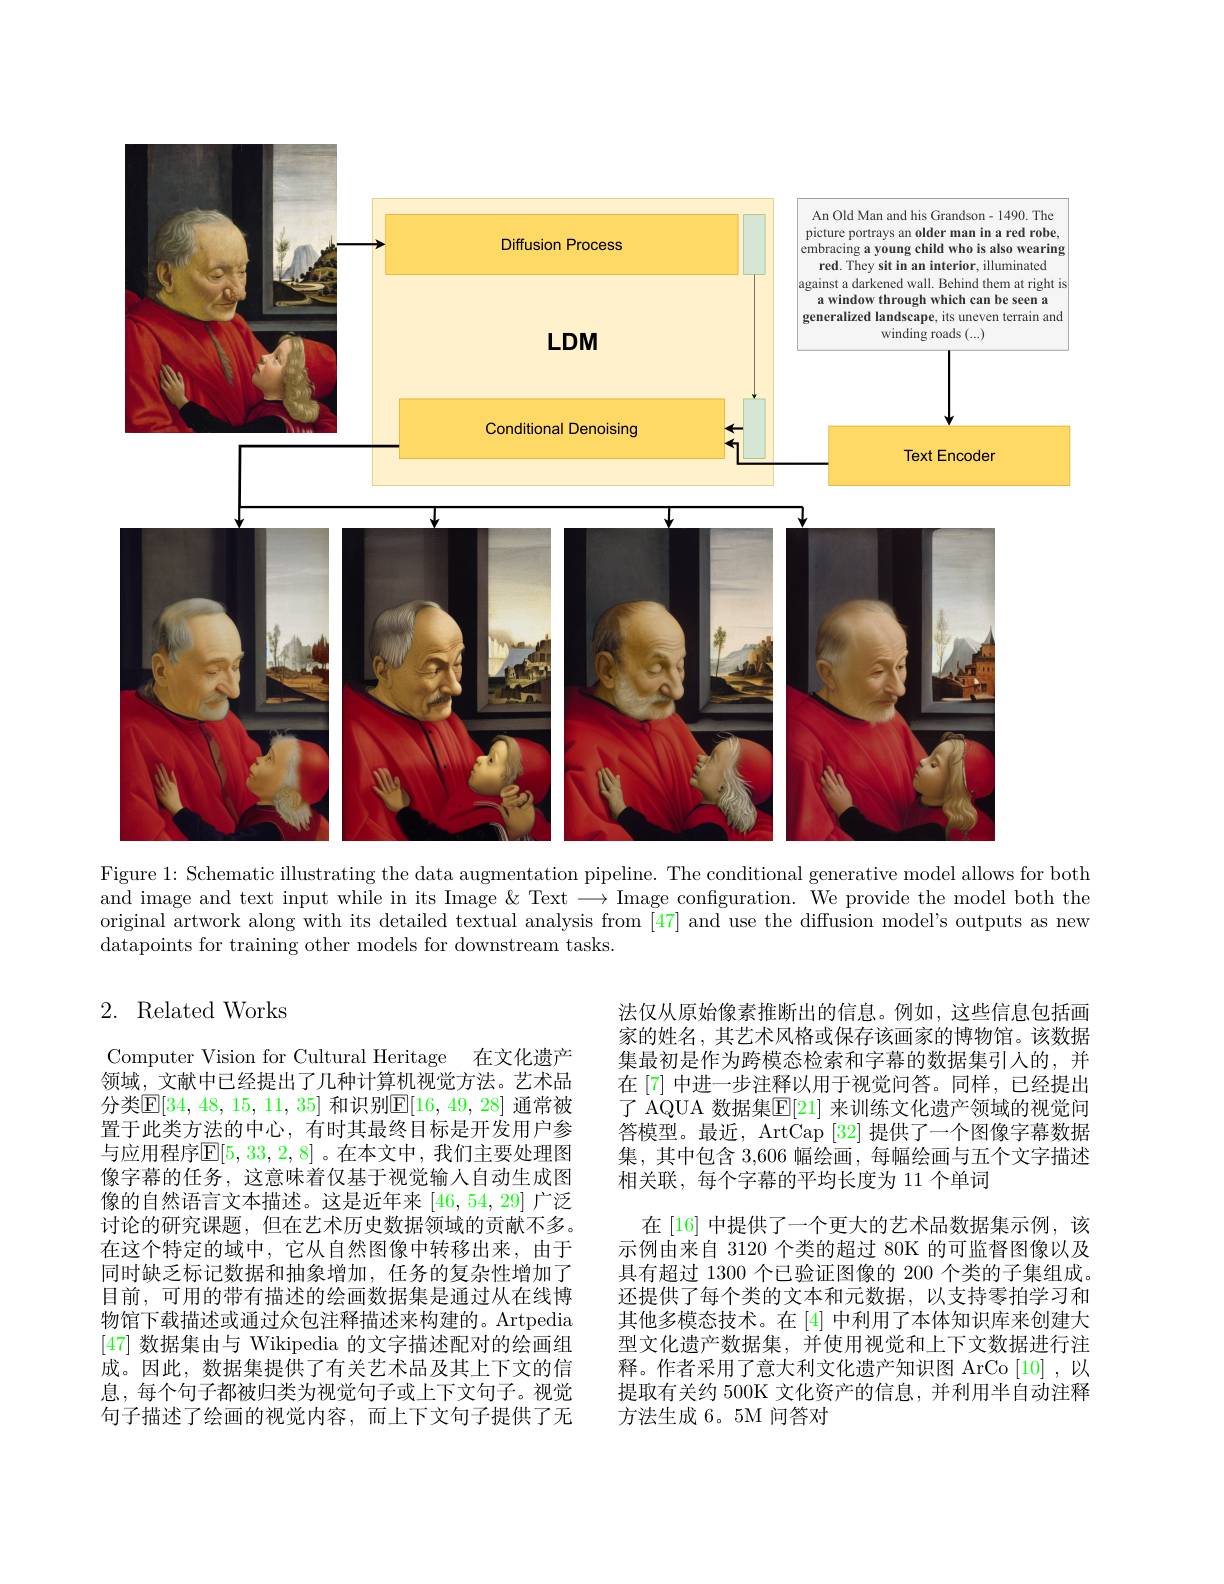
is
<FigureHere>

Figure 1: Schematic illustrating the data augmentation pipeline. The conditional generative model allows for both and image and text input while in its Image & Text $\longrightarrow$Image confguration. We provide the model both the original artwork along with its detailed textual analysis from [47] and use the diffusion model's outputs as new datapoints for training other models for downstream tasks.

## 2. Related Works

法仅从原始像素推断出的信息。例如，这些信息包括画家的姓名，其艺术风格或保存该画家的博物馆。该数据集最初是作为跨模态检索和字幕的数据集引入的，并在[7] 中进一步注释以用于视觉问答。同样，已经提出了 AQUA 数据集$\mathbb{E}[21]$ 来训练文化遗产领域的视觉问答模型。最近，ArtCap [32] 提供了一个图像字幕数据集，其中包含 3,606 幅绘画，每幅绘画与五个文字描述相关联，每个字幕的平均长度为 11 个单词
在 [16] 中提供了一个更大的艺术品数据集示例，该示例由来自 3120 个类的超过 80K 的可监督图像以及具有超过 1300 个已验证图像的 200 个类的子集组成。还提供了每个类的文本和元数据，以支持零拍学习和其他多模态技术。在[4]中利用了本体知识库来创建大型文化遗产数据集，并使用视觉和上下文数据进行注释。作者采用了意大利文化遗产知识图 ArCo[10],以提取有关约 500K 文化资产的信息，并利用半自动注释方法生成 6。5M 问答对

Computer Vision for Cultural Heritage 在文化遗产领域，文献中已经提出了几种计算机视觉方法。艺术品分类$\mathbb{E}[34,48,15,11,35]$ 和识别$\mathbb{E}[16,49,28]$ 通常被置于此类方法的中心，有时其最终目标是开发用户参与应用程序$\mathbb{E}[5,33,2,8]$ 。在本文中，我们主要处理图像字幕的任务，这意味着仅基于视觉输入自动生成图像的自然语言文本描述。这是近年来[46,54,29]广泛讨论的研究课题，但在艺术历史数据领域的贡献不多。在这个特定的域中，它从自然图像中转移出来，由于同时缺乏标记数据和抽象增加，任务的复杂性增加了目前，可用的带有描述的绘画数据集是通过从在线博物馆下载描述或通过众包注释描述来构建的。Artpedia [47]数据集由与 Wikipedia 的文字描述配对的绘画组成。因此，数据集提供了有关艺术品及其上下文的信息，每个句子都被归类为视觉句子或上下文句子。视觉句子描述了绘画的视觉内容，而上下文句子提供了无